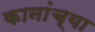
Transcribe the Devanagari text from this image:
कानांच्या